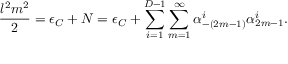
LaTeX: \frac { l ^ { 2 } m ^ { 2 } } { 2 } = \epsilon _ { C } + N = \epsilon _ { C } + \sum _ { i = 1 } ^ { D - 1 } \sum _ { m = 1 } ^ { \infty } \alpha _ { - ( 2 m - 1 ) } ^ { i } \alpha _ { 2 m - 1 } ^ { i } .